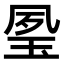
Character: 𤥔